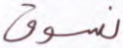
نسوق